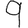
Digit: 9